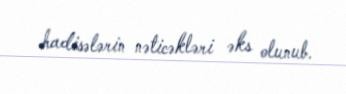
hadisələrin nəticəkləri əks olunub.